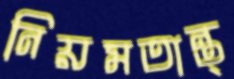
নিয়মতান্ত্